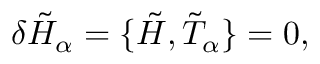
\delta { \tilde { H } } _ { \alpha } = \lbrace \tilde { H } , { \tilde { T } } _ { \alpha } \rbrace = 0 ,